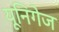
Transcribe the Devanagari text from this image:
यूनिगेज